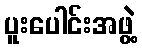
ပူးပေါင်းအဖွဲ့